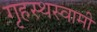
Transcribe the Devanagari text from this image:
गृहस्थस्वामी